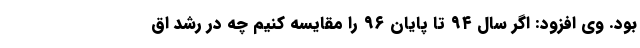
بود. وی افزود: اگر سال ۹۴ تا پایان ۹۶ را مقایسه کنیم چه در رشد اق